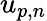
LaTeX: u_{p,n}